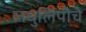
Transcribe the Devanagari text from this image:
लघुलिपीचे